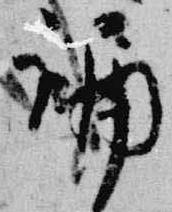
誦